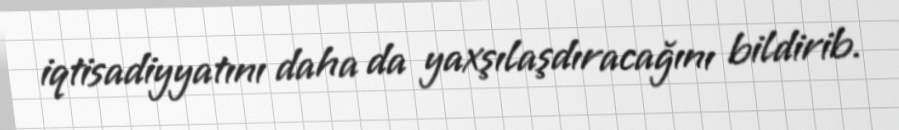
iqtisadiyyatını daha da yaxşılaşdıracağını bildirib.